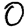
Digit: 0